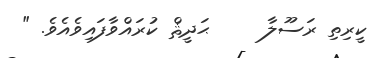
ކީރިތި ރަސޫލާ     ޙަދީޘް ކުރައްވާފައިވެއެވެ. "